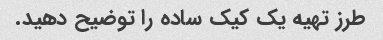
طرز تهیه یک کیک ساده را توضیح دهید.